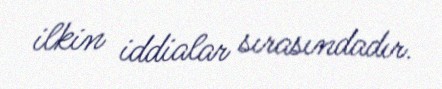
ilkin iddialar sırasındadır.